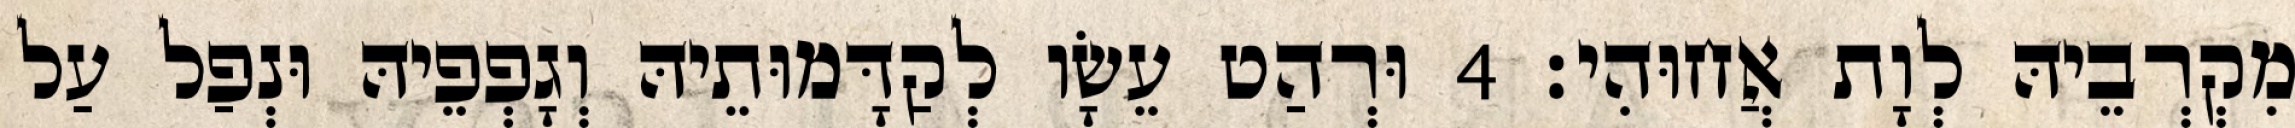
מִקְרְבֵיהּ לְוָת אֲחוּהִי׃ 4 וּרְהַט עֵשָׂו לְקַדָּמוּתֵיהּ וְגָפְפֵיהּ וּנְפַל עַל